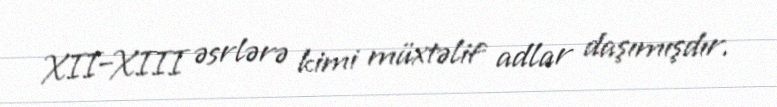
XII–XIII əsrlərə kimi müxtəlif adlar daşımışdır.